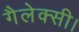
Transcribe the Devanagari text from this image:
गैलेक्सी।